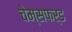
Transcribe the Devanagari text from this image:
चेम्सफर्ड